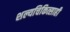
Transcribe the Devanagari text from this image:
शल्यचिकित्साही